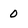
Character: 0